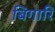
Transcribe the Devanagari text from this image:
बिगारि